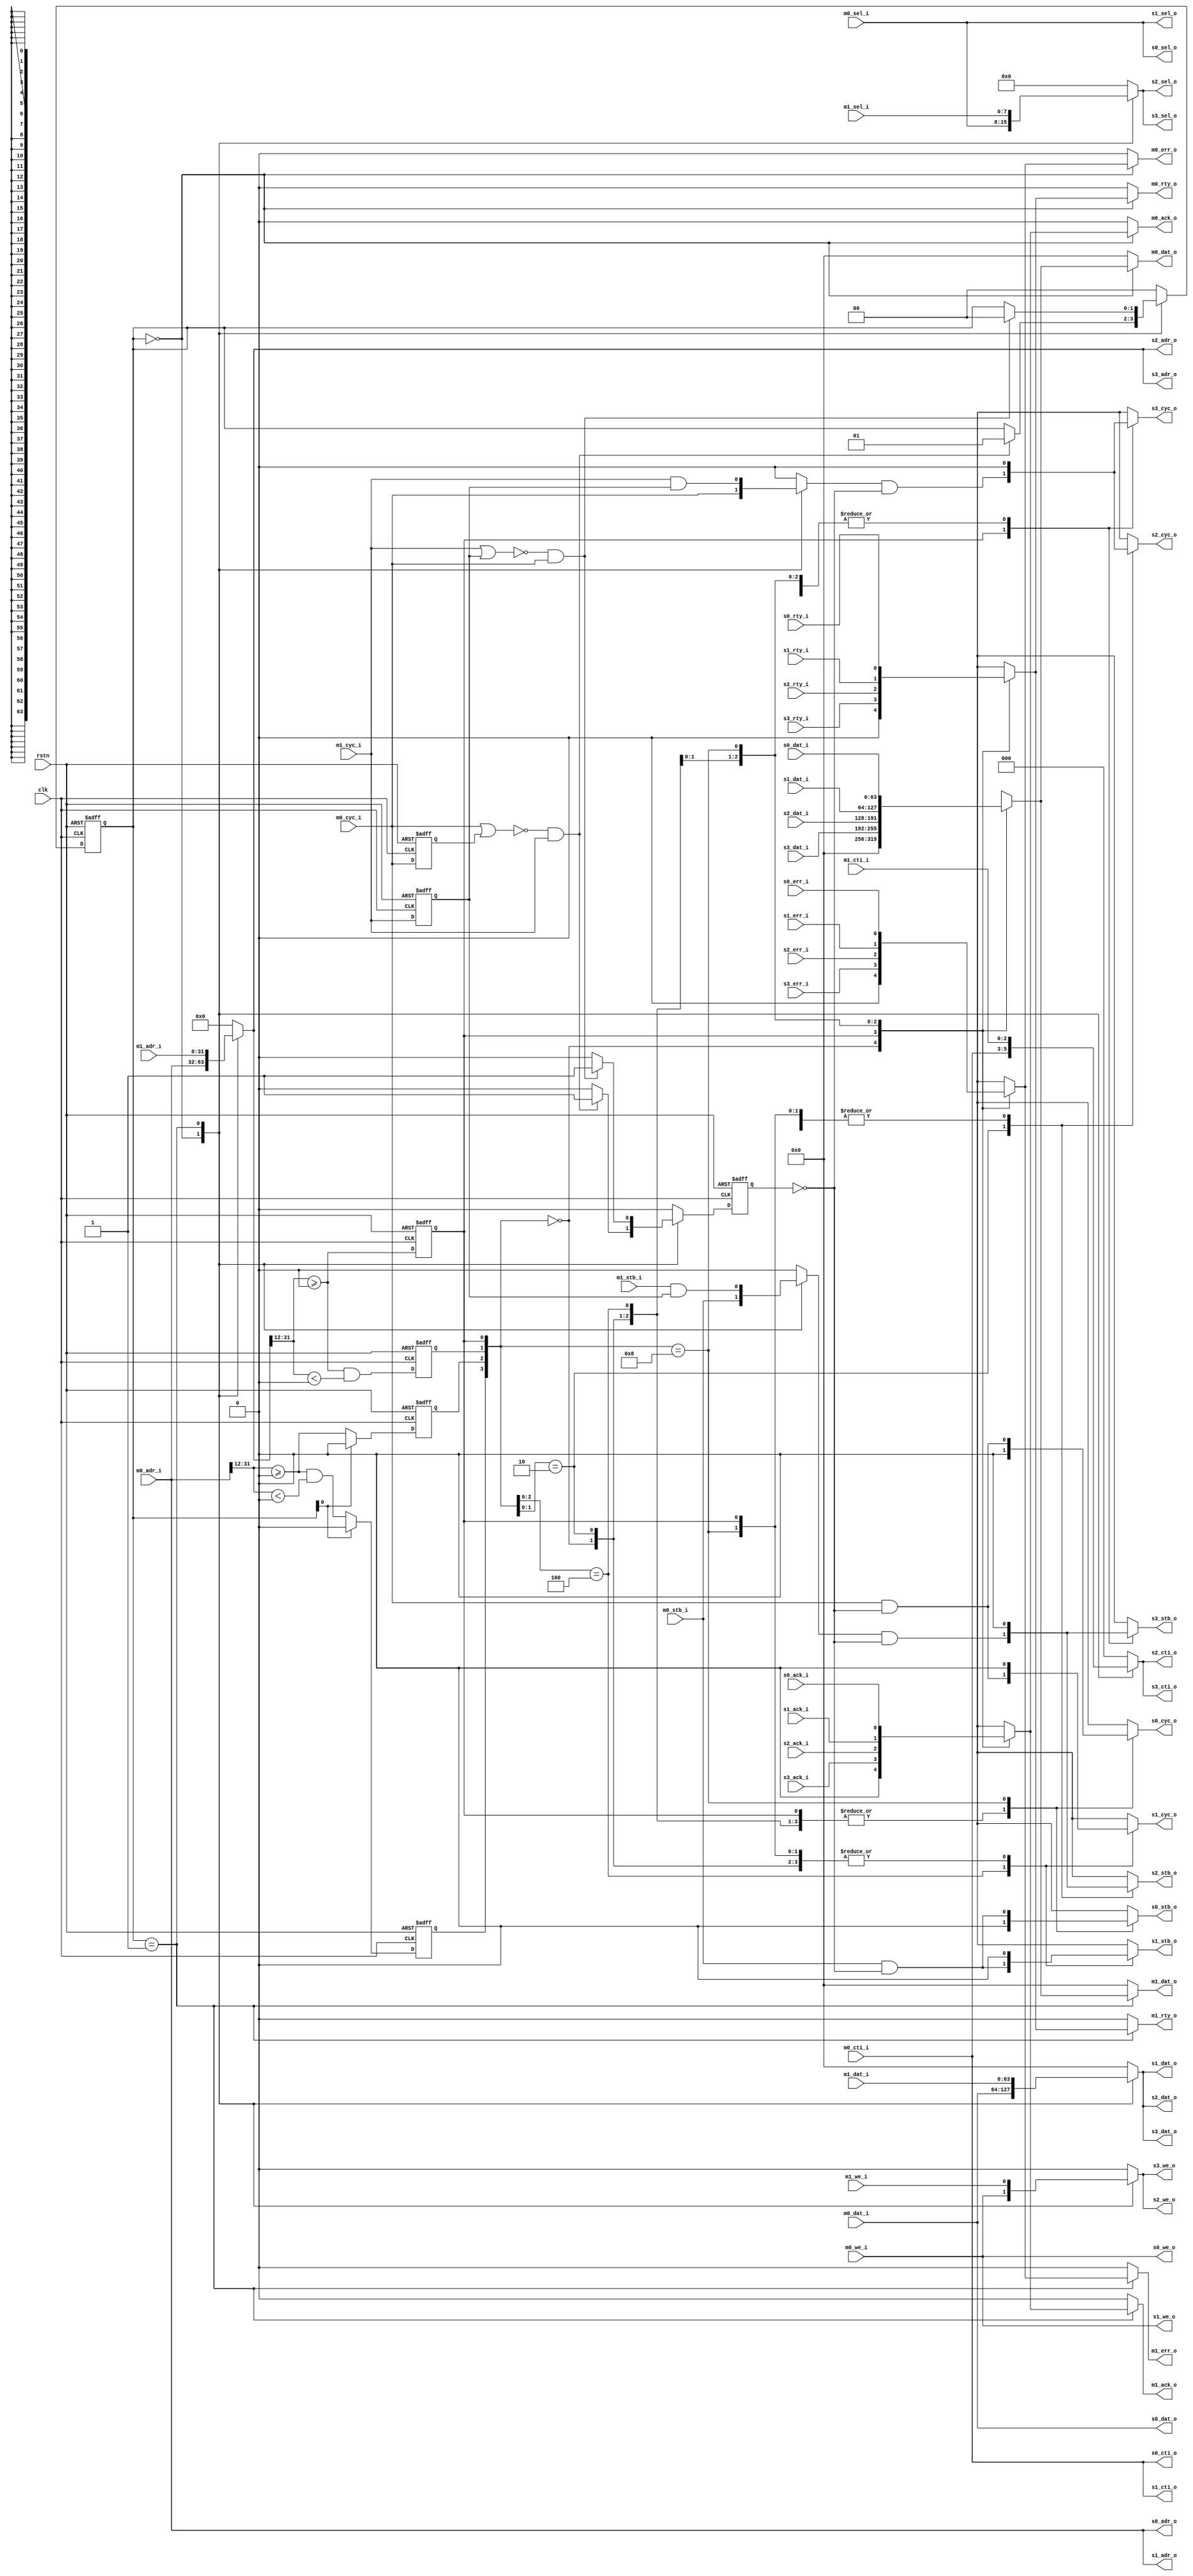
// $Id: wb_arb.v,v 1.1.1.1 2008/07/01 17:34:22 jfreed Exp $

module wb_arb #(
parameter c_DATA_WIDTH = 64,
parameter S0_BASE = 32'h0000,
parameter S1_BASE = 32'h0000,
parameter S2_BASE = 32'h0000,
parameter S3_BASE = 32'h0000
)
(clk, rstn,
              
              m0_dat_i, m0_dat_o, m0_adr_i, m0_sel_i, m0_we_i, m0_cyc_i, m0_cti_i,
	      m0_stb_i, m0_ack_o, m0_err_o, m0_rty_o, 

              m1_dat_i, m1_dat_o, m1_adr_i, m1_sel_i, m1_we_i, m1_cyc_i, m1_cti_i,
	      m1_stb_i, m1_ack_o, m1_err_o, m1_rty_o, 
	      
              s0_dat_i, s0_dat_o, s0_adr_o, s0_sel_o, s0_we_o, s0_cyc_o, s0_cti_o,
              s0_stb_o, s0_ack_i, s0_err_i, s0_rty_i,                
              
              s1_dat_i, s1_dat_o, s1_adr_o, s1_sel_o, s1_we_o, s1_cyc_o, s1_cti_o,
              s1_stb_o, s1_ack_i, s1_err_i, s1_rty_i,
              
              s2_dat_i, s2_dat_o, s2_adr_o, s2_sel_o, s2_we_o, s2_cyc_o, s2_cti_o,
              s2_stb_o, s2_ack_i, s2_err_i, s2_rty_i,
              
              s3_dat_i, s3_dat_o, s3_adr_o, s3_sel_o, s3_we_o, s3_cyc_o, s3_cti_o,
              s3_stb_o, s3_ack_i, s3_err_i, s3_rty_i
);

input clk;
input rstn;

input	[c_DATA_WIDTH-1:0]	m0_dat_i;
output	[c_DATA_WIDTH-1:0]	m0_dat_o;
input	[31:0]	m0_adr_i;
input	[c_DATA_WIDTH/8-1:0]	m0_sel_i;
input   [2:0]   m0_cti_i;
input	m0_we_i;
input	m0_cyc_i;
input	m0_stb_i;
output	m0_ack_o;
output	m0_err_o;
output	m0_rty_o;

input	[c_DATA_WIDTH-1:0]	m1_dat_i;
output	[c_DATA_WIDTH-1:0]	m1_dat_o;
input	[31:0]	m1_adr_i;
input	[c_DATA_WIDTH/8-1:0]	m1_sel_i;
input   [2:0]   m1_cti_i;
input	m1_we_i;
input	m1_cyc_i;
input	m1_stb_i;
output	m1_ack_o;
output	m1_err_o;
output	m1_rty_o;

input	[c_DATA_WIDTH-1:0]	s0_dat_i;
output	[c_DATA_WIDTH-1:0]	s0_dat_o;
output	[31:0]	s0_adr_o;
output	[c_DATA_WIDTH/8-1:0]	s0_sel_o;
output  [2:0]   s0_cti_o;
output	s0_we_o;
output	s0_cyc_o;
output	s0_stb_o;
input	s0_ack_i;
input	s0_err_i;
input	s0_rty_i;

input	[c_DATA_WIDTH-1:0]	s1_dat_i;
output	[c_DATA_WIDTH-1:0]	s1_dat_o;
output	[31:0]	s1_adr_o;
output	[c_DATA_WIDTH/8-1:0]	s1_sel_o;
output  [2:0]   s1_cti_o;
output	s1_we_o;
output	s1_cyc_o;
output	s1_stb_o;
input	s1_ack_i;
input	s1_err_i;
input	s1_rty_i;

input	[c_DATA_WIDTH-1:0]	s2_dat_i;
output	[c_DATA_WIDTH-1:0]	s2_dat_o;
output	[31:0]	s2_adr_o;
output	[c_DATA_WIDTH/8-1:0]	s2_sel_o;
output  [2:0]   s2_cti_o;
output	s2_we_o;
output	s2_cyc_o;
output	s2_stb_o;
input	s2_ack_i;
input	s2_err_i;
input	s2_rty_i;

input	[c_DATA_WIDTH-1:0]	s3_dat_i;
output	[c_DATA_WIDTH-1:0]	s3_dat_o;
output	[31:0]	s3_adr_o;
output	[c_DATA_WIDTH/8-1:0]	s3_sel_o;
output  [2:0]   s3_cti_o;
output	s3_we_o;
output	s3_cyc_o;
output	s3_stb_o;
input	s3_ack_i;
input	s3_err_i;
input	s3_rty_i;




reg mask_p;
reg m0_cyc_i_d;
reg m1_cyc_i_d;
reg [1:0] rr;
reg [c_DATA_WIDTH-1:0] m_dat, s_dat;
reg s_ack;
reg s_err;
reg s_rty;   
reg m_cyc;
reg m_stb;
reg m_we;
reg [31:0] m_adr;
reg [c_DATA_WIDTH/8-1:0] m_sel;
reg [2:0] m_cti;

reg s0_cyc_o;
reg s0_stb_o;

reg s1_cyc_o;
reg s1_stb_o;

reg s2_cyc_o;
reg s2_stb_o;

reg s3_cyc_o;
reg s3_stb_o;


reg [c_DATA_WIDTH-1:0] m0_dat_o;
reg m0_ack_o;
reg m0_err_o;
reg m0_rty_o;

reg [c_DATA_WIDTH-1:0] m1_dat_o;
reg m1_ack_o;
reg m1_err_o;
reg m1_rty_o;

reg s0_sel, s1_sel, s2_sel, s3_sel;    


// Both the PCIe and SGDMA place valid addr on the bus 1 clock cycle befor cyc and stb.  This allows
// the arbiter to register the slave select lines.
always @(posedge clk or negedge rstn)
begin
  if (~rstn)
  begin
    s0_sel <= 1'b0;
    s1_sel <= 1'b0;
    s2_sel <= 1'b0;
    s3_sel <= 1'b0;
  end
  else
  begin
    s0_sel <= ~rr[0] ? ((m0_adr_i[31:12] >= S0_BASE[31:12]) && (m0_adr_i[31:12] < S1_BASE[31:12])) : 1'b0; // M0 (PCIe) only talks to S0 and S1
    s1_sel <= ~rr[0] ? (m0_adr_i[31:12] >= S1_BASE[31:12]) : 1'b0;
    s2_sel <= (m_adr[31:12] >= S2_BASE[31:12]) && (m_adr[31:12] < S3_BASE[31:12]);
    s3_sel <= (m_adr[31:12] >= S3_BASE[31:12]);  
  end
end



// Broadcast signals
assign s3_dat_o = m_dat;
assign s3_adr_o = m_adr;  
assign s3_sel_o = m_sel;
assign s3_cti_o = m_cti;
assign s3_we_o  = m_we;
assign s2_dat_o = m_dat;
assign s2_adr_o = m_adr;  
assign s2_sel_o = m_sel;
assign s2_cti_o = m_cti;
assign s2_we_o  = m_we;
assign s1_dat_o = m_dat;
assign s1_adr_o = m0_adr_i; // M0 (PCIe) only talks to S1 and S0
assign s1_sel_o = m0_sel_i;
assign s1_cti_o = m0_cti_i;
assign s1_we_o  = m0_we_i;
assign s0_dat_o = m0_dat_i;
assign s0_adr_o = m0_adr_i;
assign s0_sel_o = m0_sel_i;
assign s0_cti_o = m0_cti_i;
assign s0_we_o  = m0_we_i;


// Slave mux
//always @(posedge clk or negedge rstn)
always @(*)
begin
    casex ({s0_sel, s1_sel, s2_sel, s3_sel})
    4'b0000: // no match
    begin
      s0_cyc_o <= 1'b0;
      s0_stb_o <= 1'b0;    
      s1_cyc_o <= 1'b0;
      s1_stb_o <= 1'b0;        
      s2_cyc_o <= 1'b0;
      s2_stb_o <= 1'b0;  
      s3_cyc_o <= 1'b0;       
      s3_stb_o <= 1'b0;             
      s_dat <= 0;
      s_ack <= 1'b0;
      s_err <= 1'b0;
      s_rty <= 1'b0;        
    end
    4'bxxx1: // s3
    begin
      s0_cyc_o <= 1'b0;
      s0_stb_o <= 1'b0;
      s1_cyc_o <= 1'b0;
      s1_stb_o <= 1'b0;
      s2_cyc_o <= 1'b0;
      s2_stb_o <= 1'b0;      
      s3_cyc_o <= m_cyc && (~ mask_p);
      s3_stb_o <= m_stb && (~ mask_p);        
      s_dat <= s3_dat_i;
      s_ack <= s3_ack_i;
      s_err <= s3_err_i;
      s_rty <= s3_rty_i;        
    end
    4'bxx10: // s2
    begin
      s0_cyc_o <= 1'b0;
      s0_stb_o <= 1'b0;
      s1_cyc_o <= 1'b0;
      s1_stb_o <= 1'b0;
      s2_cyc_o <= m_cyc && (~ mask_p);
      s2_stb_o <= m_stb && (~ mask_p);    
      s3_cyc_o <= 1'b0;
      s3_stb_o <= 1'b0;      
      s_dat <= s2_dat_i;
      s_ack <= s2_ack_i;
      s_err <= s2_err_i;
      s_rty <= s2_rty_i;        
    end
    4'bx100: // s1
    begin
      s0_cyc_o <= 1'b0;
      s0_stb_o <= 1'b0;
      s1_cyc_o <= m0_cyc_i && (~ mask_p); // M0 (PCIe) only talks to S1
      s1_stb_o <= m0_stb_i && (~ mask_p);    
      s2_cyc_o <= 1'b0;
      s2_stb_o <= 1'b0;
      s3_cyc_o <= 1'b0;
      s3_stb_o <= 1'b0;
      s_dat <= s1_dat_i;
      s_ack <= s1_ack_i;
      s_err <= s1_err_i;
      s_rty <= s1_rty_i;        
    end
    4'b1000: // s0
    begin
      s0_cyc_o <= m0_cyc_i && (~ mask_p);  // M0 (PCIe) only talks to S1
      s0_stb_o <= m0_stb_i && (~ mask_p);    
      s1_cyc_o <= 1'b0;
      s1_stb_o <= 1'b0;    
      s2_cyc_o <= 1'b0;
      s2_stb_o <= 1'b0;
      s3_cyc_o <= 1'b0;
      s3_stb_o <= 1'b0;
      s_dat <= s0_dat_i;
      s_ack <= s0_ack_i;
      s_err <= s0_err_i;
      s_rty <= s0_rty_i;       
    end
    default:
    begin
      s0_cyc_o <= 0;  // M0 (PCIe) only talks to S1
      s0_stb_o <= 0;    
      s1_cyc_o <= 1'b0;
      s1_stb_o <= 1'b0;    
      s2_cyc_o <= 1'b0;
      s2_stb_o <= 1'b0;
      s3_cyc_o <= 1'b0;
      s3_stb_o <= 1'b0;
      s_dat <= 0;
      s_ack <= 0;
      s_err <= 0;
      s_rty <= 0;         
    end
    endcase  
end

// Master mux
//always @(posedge clk or negedge rstn)
always @(*)
begin
    case (rr)
    2'b00:
    begin    
      m_dat <= m0_dat_i;
      m_cyc <= m0_cyc_i;
      m_stb <= m0_stb_i;
      m_we <= m0_we_i;
      m_adr <= m0_adr_i;
      m_sel <= m0_sel_i;
      m_cti <= m0_cti_i;
      m0_dat_o <= s_dat;
      m0_ack_o <= s_ack;
      m0_err_o <= s_err;
      m0_rty_o <= s_rty;      
      m1_dat_o <= 0;
      m1_ack_o <= 1'b0;
      m1_err_o <= 1'b0;
      m1_rty_o <= 1'b0;      
    end
    2'b01:
    begin
      m_dat <= m1_dat_i;
      m_cyc <= m1_cyc_i && m1_cyc_i_d;
      m_stb <= m1_stb_i && m1_cyc_i_d;
      m_we <= m1_we_i;
      m_adr <= m1_adr_i;
      m_sel <= m1_sel_i;
      m_cti <= m1_cti_i;
      m0_dat_o <= 0;
      m0_ack_o <= 1'b0;
      m0_err_o <= 1'b0;
      m0_rty_o <= 1'b0;        
      m1_dat_o <= s_dat;
      m1_ack_o <= s_ack;
      m1_err_o <= s_err;
      m1_rty_o <= s_rty;      
    end
    default:
    begin
      m_dat <= 0;
      m_cyc <= 0;
      m_stb <= 0;
      m_we <= 0;
      m_adr <= 0;
      m_sel <= 0;
      m_cti <= 0;
      m0_dat_o <= 0;
      m0_ack_o <= 1'b0;
      m0_err_o <= 1'b0;
      m0_rty_o <= 1'b0;        
      m1_dat_o <= 0;
      m1_ack_o <= 0;
      m1_err_o <= 0;
      m1_rty_o <= 0;      
    end
    endcase  
end

    

always @(posedge clk or negedge rstn)
begin
  if (~rstn)
  begin
    rr <= 2'b00;
    mask_p <= 1'b0;
    m1_cyc_i_d <= 1'b0;
    m0_cyc_i_d <= 0;
  end
  else
  begin
    mask_p <= 1'b0;
    m1_cyc_i_d <= m1_cyc_i;
    m0_cyc_i_d <= m0_cyc_i;
    case (rr)
    2'b00:
      if (~(m0_cyc_i | m0_cyc_i_d) && m1_cyc_i) begin
        rr <= 2'b01;      
        mask_p <= 1'b1;
      end
    2'b01:
      if (~(m1_cyc_i | m1_cyc_i_d) && m0_cyc_i) begin
        rr <= 2'b00;      
        mask_p <= 1'b1;
      end
    default:
    begin
      rr <= 2'b00;    
    end
    endcase
  end // clk
end


 
endmodule